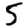
Digit: 5